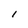
Character: 1